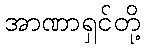
အာဏာရှင်တို့